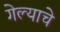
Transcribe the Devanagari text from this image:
गेल्‍याचे